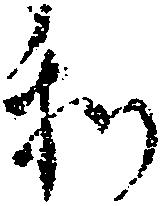
和